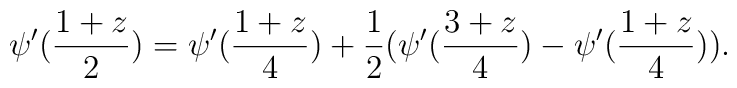
\psi '(\frac{1+z}{2}) = \psi '(\frac{1+z}{4}) +\frac{1}{2} (\psi'(\frac{3+z}{4})-\psi '(\frac{1+z}{4})) .